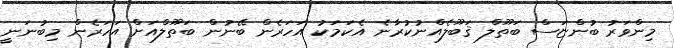
މިންވަރު ބުންޏަސް ބަތޫލް ޤަބޫލެއްނުކުރާނެ އެކަމަކު އަހަރެން ބޭނުން ބަތޫލްއަށް އަހަރެން މިބުނަނީ